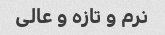
نرم و تازه و عالی